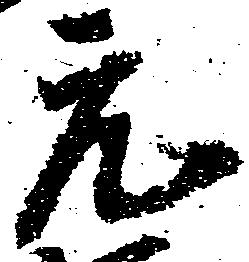
元